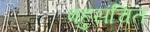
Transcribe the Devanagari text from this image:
बहुसंचित